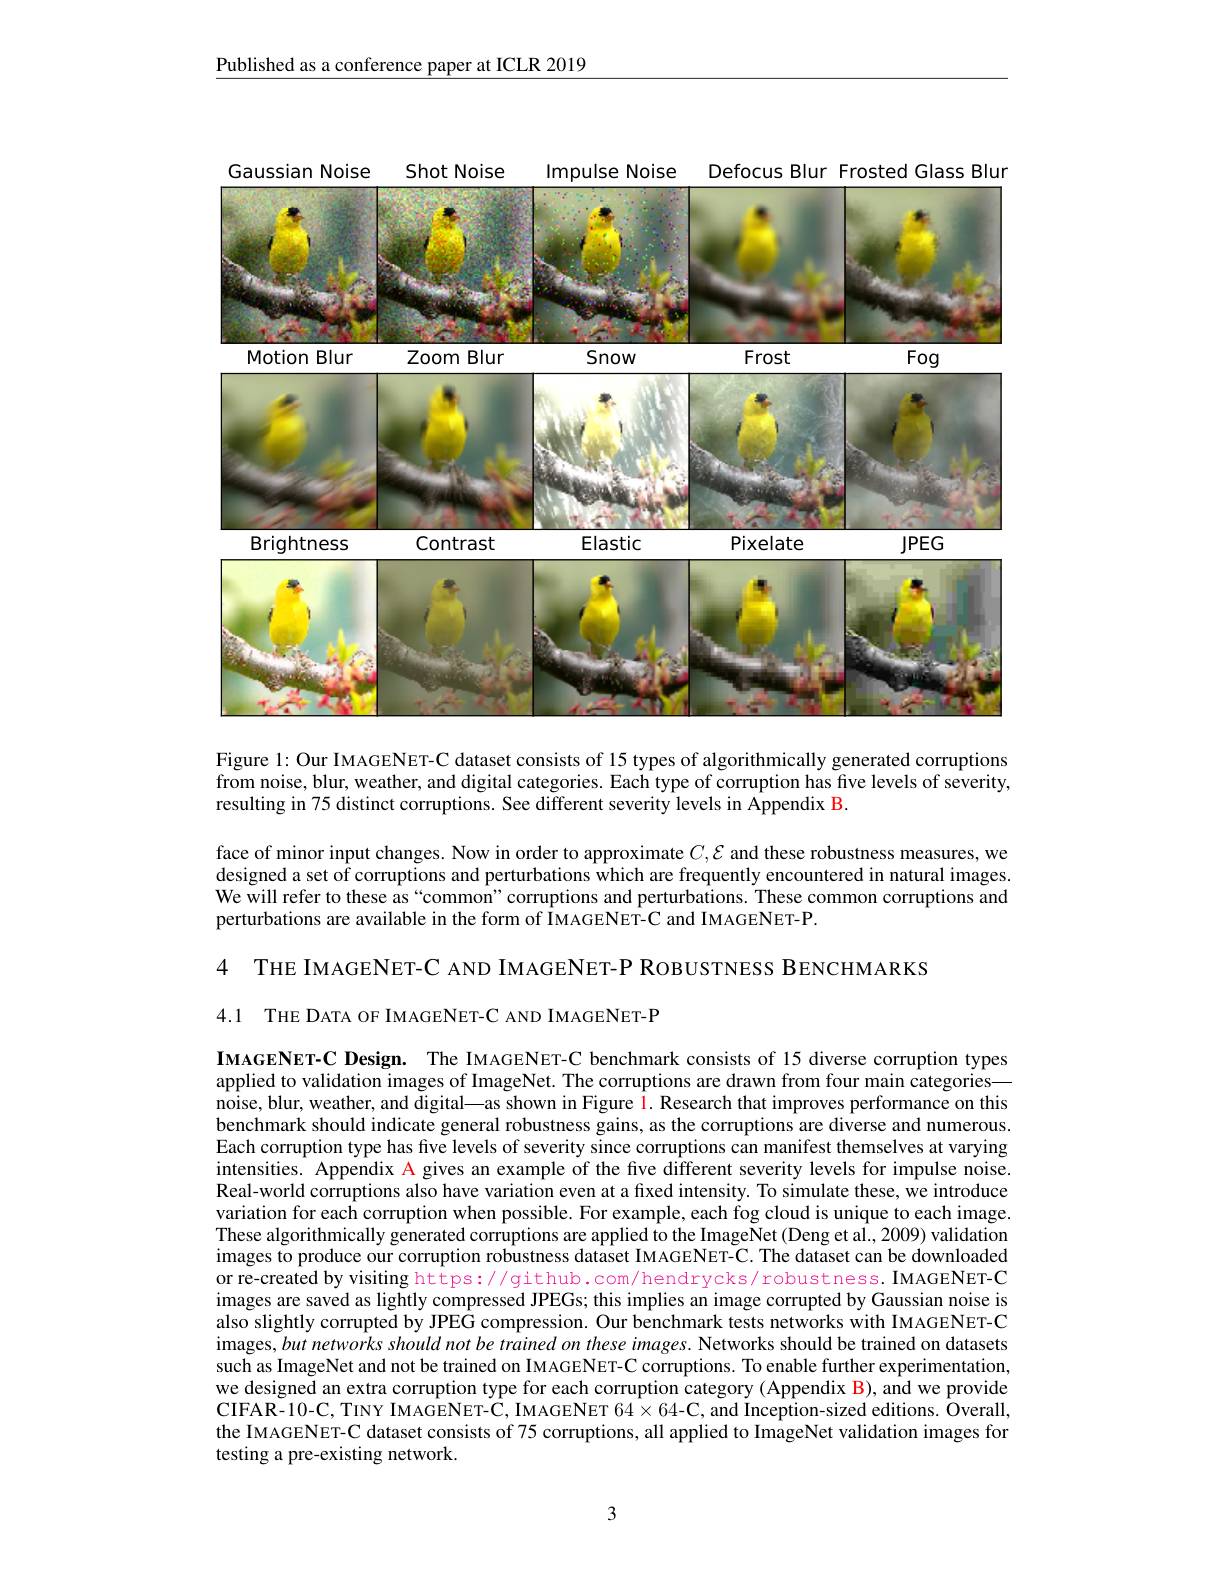
Published as a conference paper at ICLR 2019

Gaussian Noise
Shot Noise
Impulse Noise
Defocus Blur Frosted Glass Blur
<FigureHere>

Figure 1: Our IMAGENET-C dataset consists of 15 types of algorithmically generated corruptions from noise, blur, weather, and digital categories. Each type of corruption has five levels of severity, resulting in 75 distinct corruptions. See different severity levels in Appendix B.

face of minor input changes. Now in order to approximate $C,\mathcal{E}$ and these robustness measures, we designed a set of corruptions and perturbations which are frequently encountered in natural images. We will refer to these as“common”corruptions and perturbations. These common corruptions and perturbations are available in the form of IMAGENET-C and IMAGENET-P.

4 THE IMAGENET-C AND IMAGENET-P ROBUSTNESS BENCHMARKS

4.1 THE DATA OF IMAGENET-C AND IMAGENET-P

IMAGENET-C Design. The IMAGENET-C benchmark consists of 15 diverse corruption types applied to validation images of ImageNet. The corruptions are drawn from four main categories— noise, blur, weather, and digital\_as shown in Figure $\color{red}{\color{red}{1.\text{Researchthatimprovesperformance on this}}}$ benchmark should indicate general robustness gains, as the corruptions are diverse and numerous Each corruption type has five levels of severity since corruptions can manifest themselves at varying intensities. Appendix A gives an example of the five different severity levels for impulse noise. Real-world corruptions also have variation even at a fixed intensity. To simulate these, we introduce variation for each corruption when possible. For example, each fog cloud is unique to each image. These algorithmically generated corruptions are applied to the ImageNet (Deng et al., 2009) validation images to produce our corruption robustness dataset IMAGENET-C. The dataset can be downloaded or re-created by visiting https://github.com/hendrycks/robustness. IMAGENET-C images are saved as lightly compressed JPEGs; this implies an image corrupted by Gaussian noise is also slightly corrupted by JPEG compression. Our benchmark tests networks with IMAGENET-C images, but networks should not be trained on these images. Networks should be trained on datasets such as ImageNet and not be trained on IMAGENET-C corruptions. To enable further experimentation, we designed an extra corruption type for each corruption category (Appendix B), and we provide CIFAR- 10- C, TINY IMAGENET- C, IMAGENET 64$\times$64- C, and Inception- sized editions. Overall, the IMAGENET-C dataset consists of 75 corruptions, all applied to ImageNet validation images for testing a pre-existing network.

3